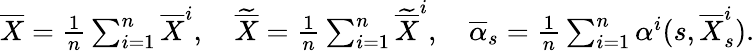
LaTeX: \begin{array}{r}{\overline{{X}}=\frac{1}{n}\sum_{i=1}^{n}\overline{{X}}^{i},\quad\widetilde{\overline{{X}}}=\frac{1}{n}\sum_{i=1}^{n}\widetilde{\overline{{X}}}^{i},\quad\overline{{\alpha}}_{s}=\frac{1}{n}\sum_{i=1}^{n}\alpha^{i}(s,\overline{{X}}_{s}^{i}).}\end{array}